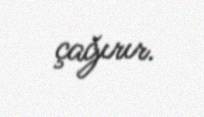
çağırır.